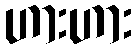
ဟားဟား